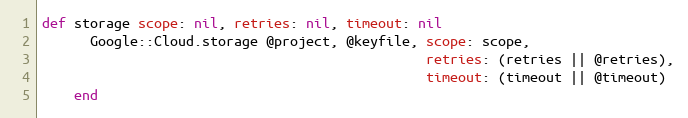
Language: Ruby
def storage scope: nil, retries: nil, timeout: nil
      Google::Cloud.storage @project, @keyfile, scope: scope,
                                                retries: (retries || @retries),
                                                timeout: (timeout || @timeout)
    end